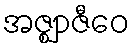
အဇ္ဈာဇီဝေ